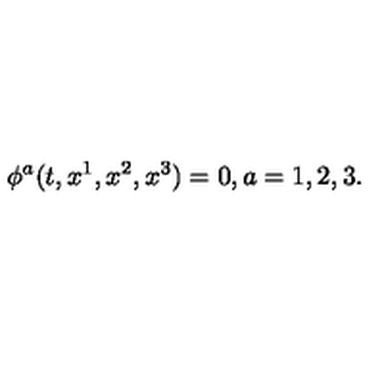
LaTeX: \phi ^ { a } ( t , x ^ { 1 } , x ^ { 2 } , x ^ { 3 } ) = 0 , a = 1 , 2 , 3 .